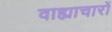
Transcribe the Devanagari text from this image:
वाह्याचारों